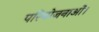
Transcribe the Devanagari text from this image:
परियोजनाओं।